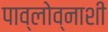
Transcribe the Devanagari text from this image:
पाव्लोव्नाशी